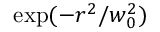
\exp ( - r ^ { 2 } / w _ { 0 } ^ { 2 } )